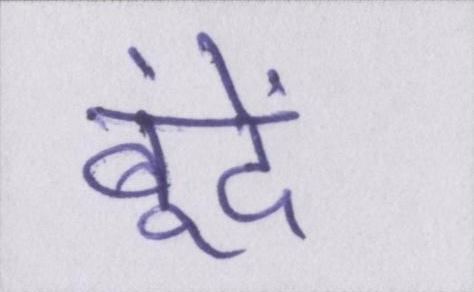
बूंदें